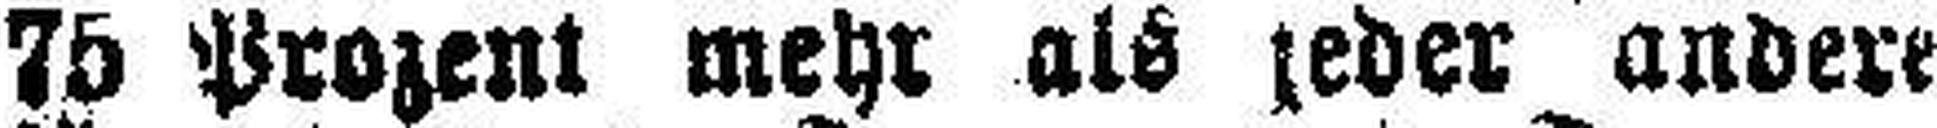
75 Prozent mehr als jeder andere